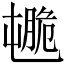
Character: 𦟒